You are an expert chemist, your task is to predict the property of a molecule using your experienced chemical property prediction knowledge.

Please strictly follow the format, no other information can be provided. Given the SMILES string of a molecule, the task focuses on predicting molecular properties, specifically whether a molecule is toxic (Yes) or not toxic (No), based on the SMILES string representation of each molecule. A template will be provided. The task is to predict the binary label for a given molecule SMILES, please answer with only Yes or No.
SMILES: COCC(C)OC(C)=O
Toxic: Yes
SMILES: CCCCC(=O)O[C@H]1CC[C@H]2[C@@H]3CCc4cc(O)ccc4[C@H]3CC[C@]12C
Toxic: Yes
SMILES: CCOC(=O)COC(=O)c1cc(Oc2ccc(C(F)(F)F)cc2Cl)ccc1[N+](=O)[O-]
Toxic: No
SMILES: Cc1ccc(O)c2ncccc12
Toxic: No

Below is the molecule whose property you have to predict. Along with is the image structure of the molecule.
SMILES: CN(C)[C@@H]1C(O)=C(C(N)=O)C(=O)[C@@]2(O)C(O)=C3C(=O)c4c(O)ccc(Cl)c4[C@@H](O)[C@H]3C[C@@H]12
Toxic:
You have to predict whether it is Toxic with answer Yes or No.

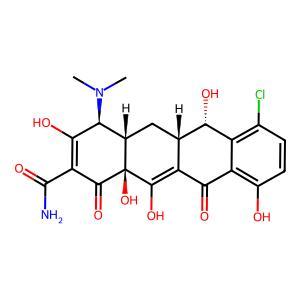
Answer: No